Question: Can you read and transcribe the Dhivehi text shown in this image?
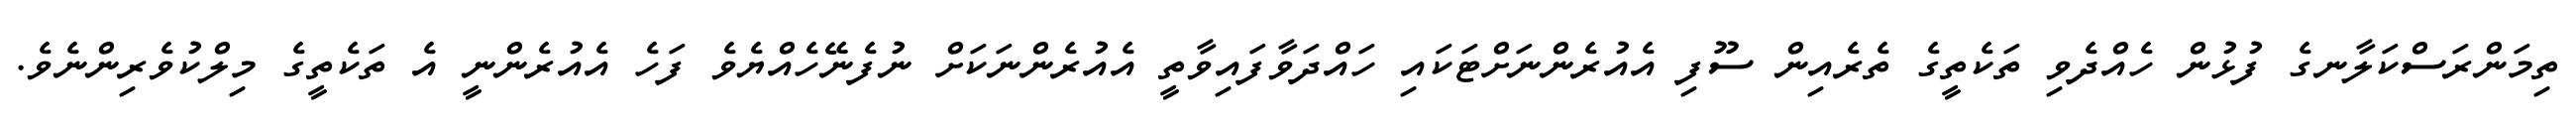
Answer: ތިމަންރަސްކަލާނގެ ފުޅުން ހެއްދެވި ތަކެތީގެ ތެރެއިން ސޫފި އެއުރެންނަށްޓަކައި ހައްދަވާފައިވާތީ އެއުރެންނަކަށް ނުފެނޭހެއްޔެވެ ފަހެ އެއުރެންނީ އެ ތަކެތީގެ މިލްކުވެރިންނެވެ.